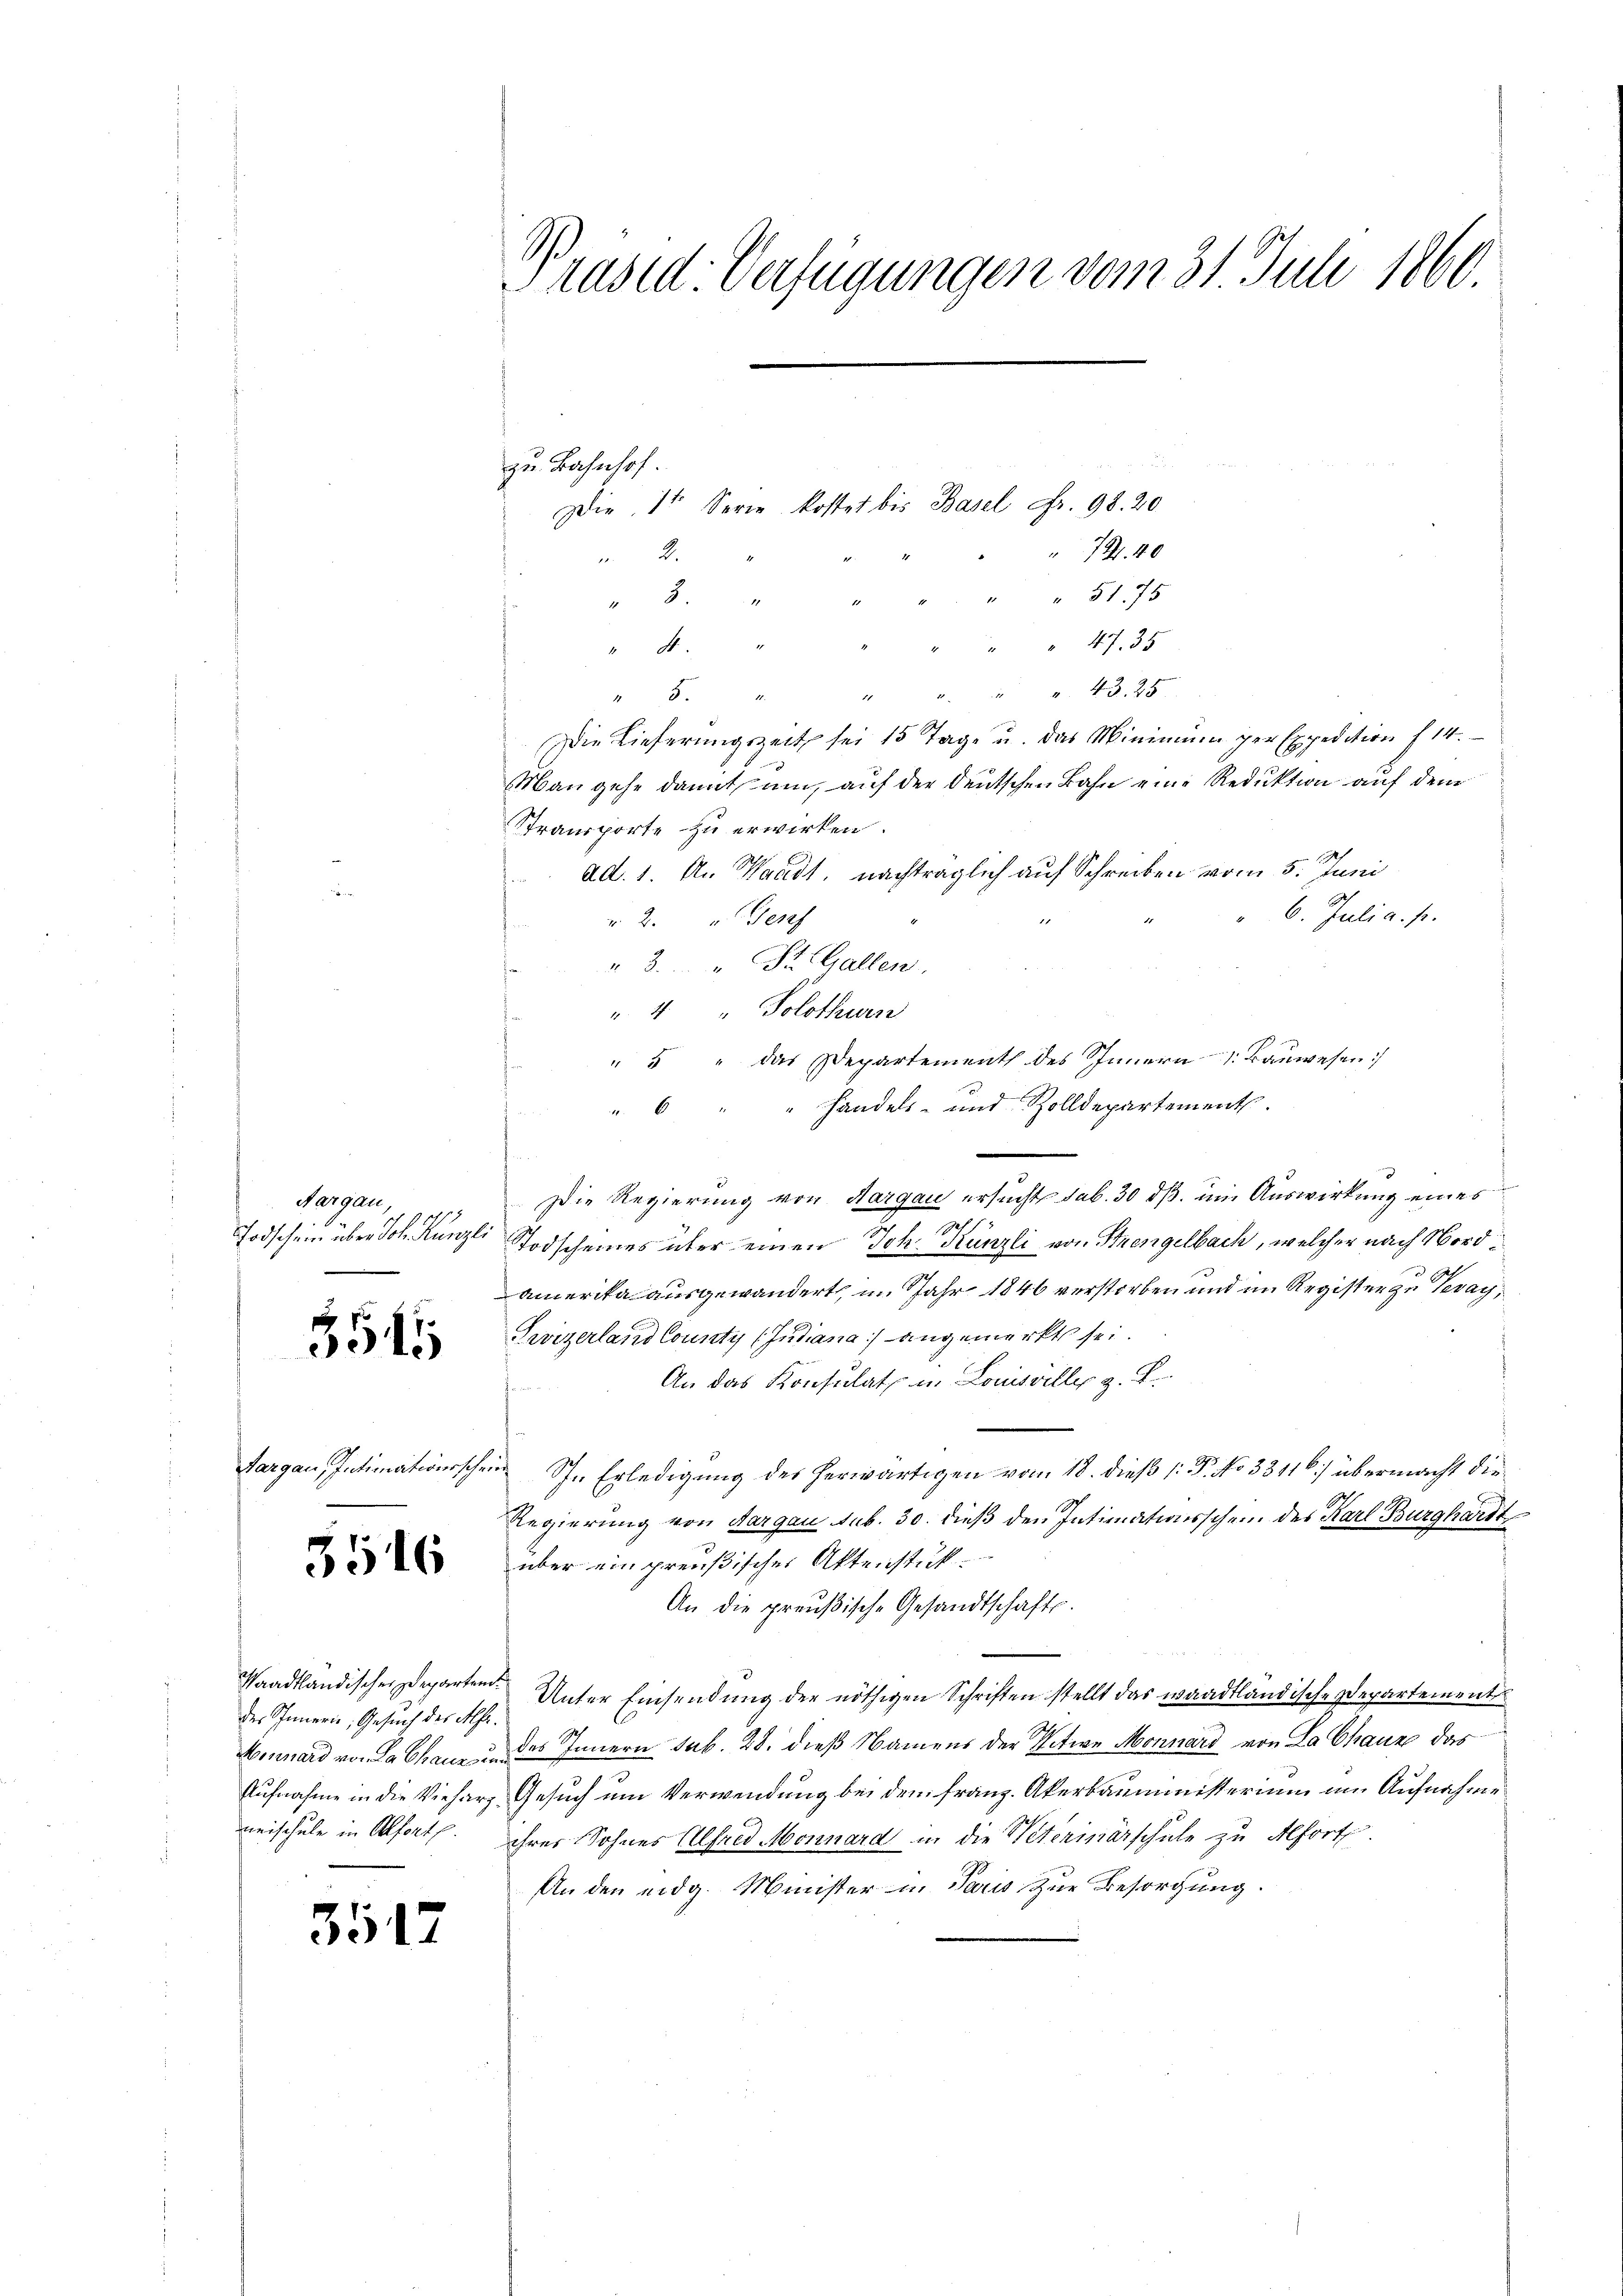
Aargau,
Todschein über Joh. Künzli

3545

3516

des Innern, Gesuch der Alfr
neischule in Offentl.

351

Präsid. Verfügungen vom 31. Juli 1860.

" " " " 43. 25
Die Lieferungszeit sei 15 Tage u. das Minimum der Expedition f 14.
Man gehe damit um, auf der deutschen Bahn eine Reduktion auf dem
Transporte zu erwirken.
ad. 1. An Waadt, nachträglich auf Schreiben vom 5. Juni
" 6. Julia. p.
 2. Genf
"3. " Dr. Gallen.
". 4. Solothurn
" " " das Departement des Innern Bauwesen
u. 6 " " Handels- und Zolldepartement.

Die Regierung von Aargau ersucht sub. 30 dß im Auswirkung eines
Ges
Todscheines über einen Joh. Künzli von Strengelbach, welcher nach Nordamerika ausgewandert, im Jahr 1846 verstorben und im Register zu Veray,
Trizerland County (Judiana) angemerkt sei.
An das Konsulat in Louisville z. B.
Aargau, Intimationsschein Sr. Erledigung des herwärtigen vom 18. dieß (: P. No 33116) übermacht die
Regierung von Aargau sub. 30. dieß den Intimationsschein des Karl Burghardt
über ein preußischer Aktenstük-
An die preußische Gesandtschafts-
Saadtländischen Departen Unter Einsendung der nöthigen Schriften stellt das waadtländische Departement
Minnard von La Chaus des Innern sub. 28. dieß Namens der Witwe Monnard von La Chaux das
Aufnahme in die Vieharz Gesuch um Verwendung bei dem franz. Akerbauministerium im Aufnahme
ihres Sohnes Alfred Monnard in die Weterinärschule zu Alfort.
An den eidg. Minister in Paris zur Besorgung.

.
Die, 1 Serie kostet bis Basel Fr. 98. 20
74. 40
2.
" " 5175
8
" " 47. 35

zu Bahnhof.

2
.